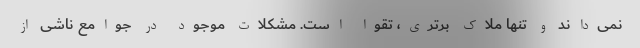
نمی‌داند و تنها ملاک برتری، تقوا است. مشکلات موجود در جوامع ناشی از